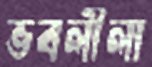
ভবলীলা